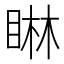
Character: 𪾭